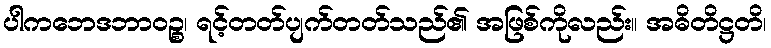
ပါကဘေဒဘာဝဉ္စ၊ ရင့်တတ်ပျက်တတ်သည်၏ အဖြစ်ကိုလည်း။ အဓိတိဋ္ဌတိ၊